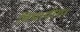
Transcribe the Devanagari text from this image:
विद्यापीठ।